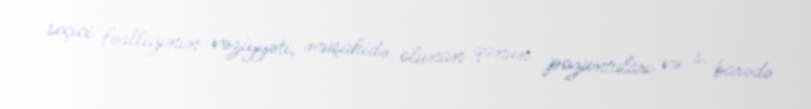
seçici fəallığının vəziyyəti, müşahidə olunan qanun pozuntuları və s. barədə